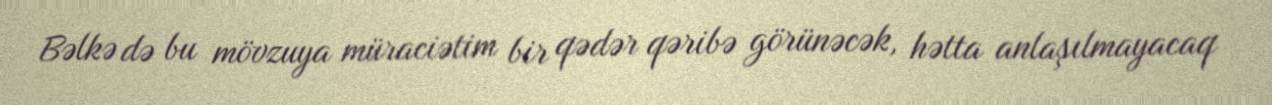
Bəlkə də bu mövzuya müraciətim bir qədər qəribə görünəcək, hətta anlaşılmayacaq